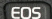
EOS